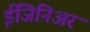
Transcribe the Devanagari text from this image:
ईंजिनिअर